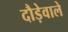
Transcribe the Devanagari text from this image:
दौड़ेवाले